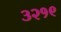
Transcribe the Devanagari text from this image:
३२१९